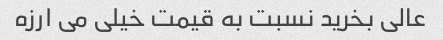
عالی بخرید نسبت به قیمت خیلی می ارزه